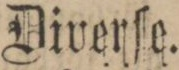
Diverſe.